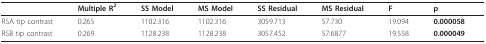
<table><thead><tr><td></td><td><b>Multiple R<sup>2</sup></b></td><td><b>SS Model</b></td><td><b>MS Model</b></td><td><b>SS Residual</b></td><td><b>MS Residual</b></td><td><b>F</b></td><td><b>p</b></td></tr></thead><tbody><tr><td>RSA tip contrast</td><td>0.265</td><td>1102.316</td><td>1102.316</td><td>3059.713</td><td>57.730</td><td>19.094</td><td><b>0.000058</b></td></tr><tr><td>RSB tip contrast</td><td>0.269</td><td>1128.238</td><td>1128.238</td><td>3057.452</td><td>57.6877</td><td>19.558</td><td><b>0.000049</b></td></tr></tbody></table>